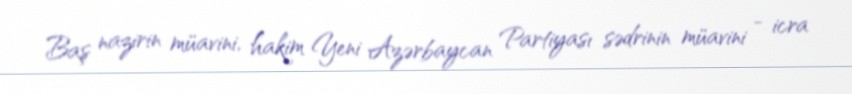
Baş nazirin müavini, hakim Yeni Azərbaycan Partiyası sədrinin müavini - icra